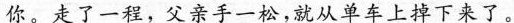
你。走了一程，父亲手一松，就从单车上掉下来了。